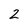
Character: 2